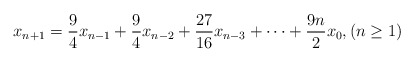
\begin{align*}x_{n+1}= \frac{9}{4}x_{n-1}+\frac{9}{4}x_{n-2}+\frac{27}{16}x_{n-3}+\cdots+\frac{9n}{2}x_0, (n\geq 1)\end{align*}